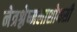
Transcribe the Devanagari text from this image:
नेत्रश्लेष्मलाशोथसी